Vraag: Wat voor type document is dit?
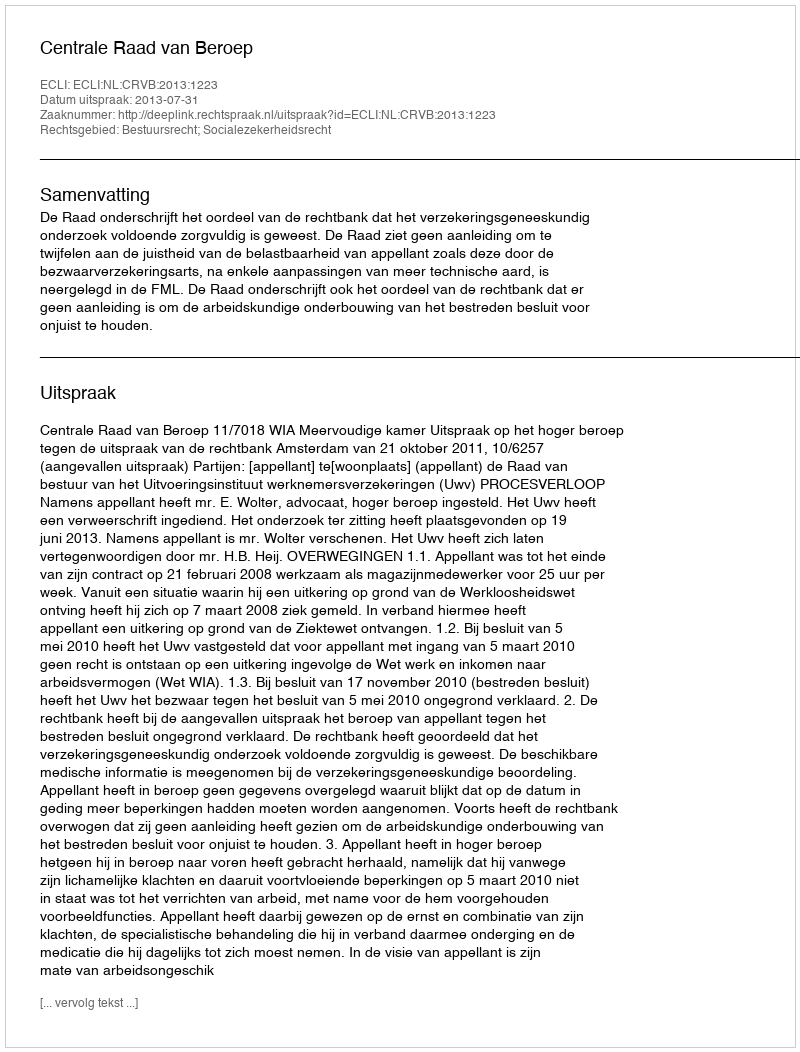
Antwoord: Uitspraak